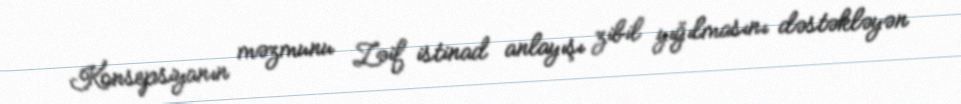
Konsepsiyanın məzmunu Zəif istinad anlayışı zibil yığılmasını dəstəkləyən